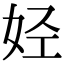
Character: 𫰛